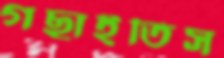
গছাইতিস